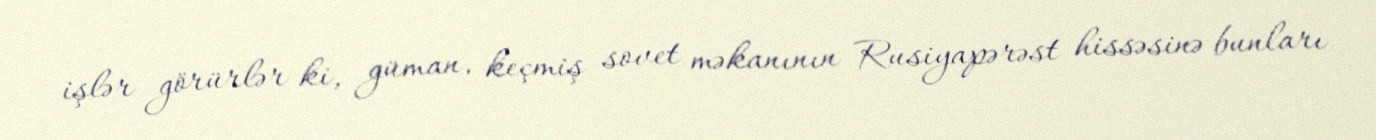
işlər görürlər ki, güman, keçmiş sovet məkanının Rusiyapərəst hissəsinə bunları